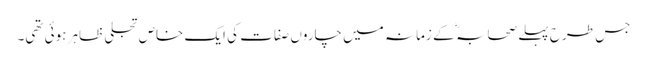
جس طرح پہلے صحابہ ؓ کے زمانہ میں چاروں صفات کی ایک خاص تجلی ظاہر ہوئی تھی۔